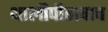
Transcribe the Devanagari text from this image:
थालीपीठाचाच